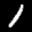
Label: 1